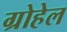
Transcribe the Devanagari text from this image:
ग्रोहेल